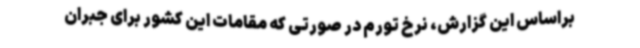
براساس این گزارش، نرخ تورم در صورتی که مقامات این کشور برای جبران